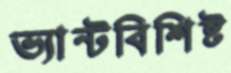
ভ্যান্টবিশিষ্ট